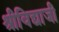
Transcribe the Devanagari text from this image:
श्रीविद्याजी